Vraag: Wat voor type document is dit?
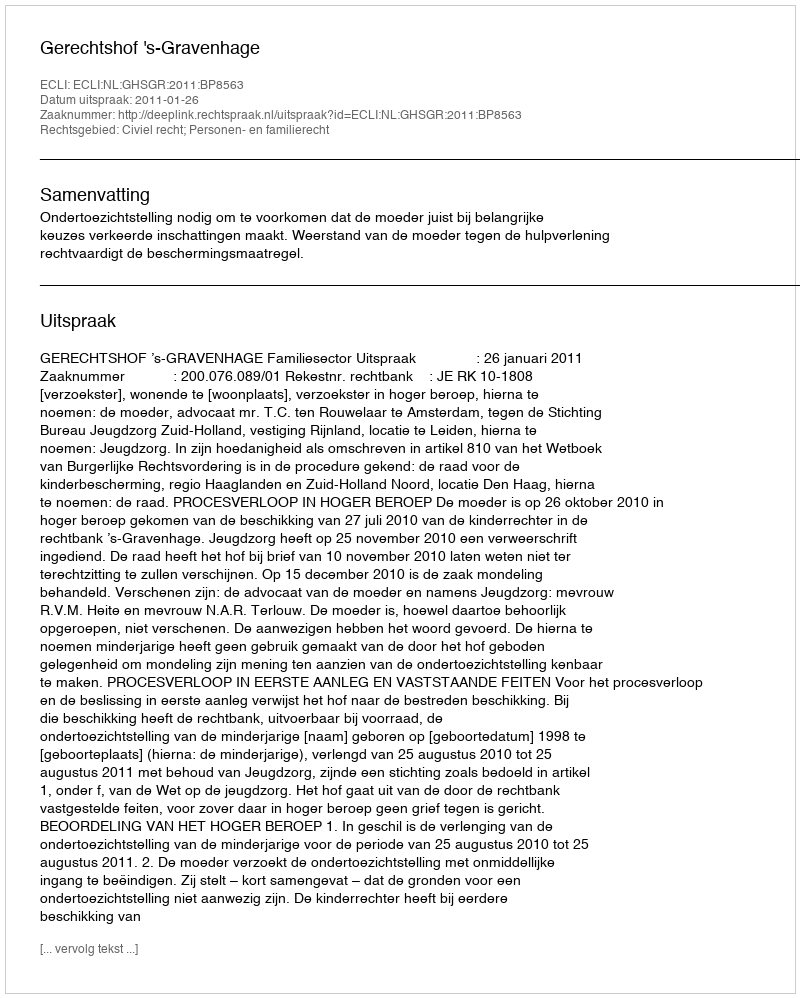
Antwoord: Uitspraak